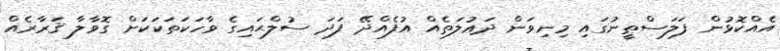
އެއްކޮޅުން ފަލަސްޠީނުގައި މިނިވަން ދަޢުލަތެއް އުފެއްދޭ ފަދަ ސުލްޙައިގެ ވާހަކަތަކަކަށް ގޮވާލާ ޤަރާރެއް